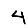
Digit: 4